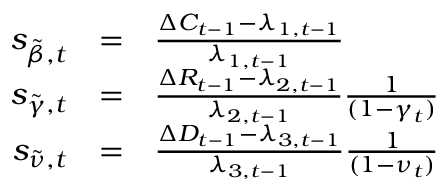
\begin{array} { r c l } { s _ { \tilde { \beta } , t } } & { = } & { \frac { \Delta C _ { t - 1 } - \lambda _ { 1 , t - 1 } } { \lambda _ { 1 , t - 1 } } } \\ { s _ { \tilde { \gamma } , t } } & { = } & { \frac { \Delta R _ { t - 1 } - \lambda _ { 2 , t - 1 } } { \lambda _ { 2 , t - 1 } } \frac { 1 } { ( 1 - \gamma _ { t } ) } } \\ { s _ { \tilde { \nu } , t } } & { = } & { \frac { \Delta D _ { t - 1 } - \lambda _ { 3 , t - 1 } } { \lambda _ { 3 , t - 1 } } \frac { 1 } { ( 1 - \nu _ { t } ) } } \end{array}